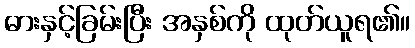
ဓားနှင့်ခြမ်းပြီး အနှစ်ကို ထုတ်ယူရ၏။